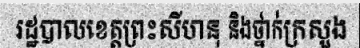
រដ្ឋបាលខេត្តព្រះសីហនុ និងថ្នាក់ក្រសួង